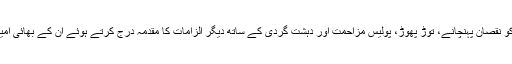
نومبر 2018 میں خادم حسین رضوی کی گرفتاری کے بعد سرکاری املاک کو نقصان پہنچانے، توڑ پھوڑ، پولیس مزاحمت اور دہشت گردی کے ساتھ دیگر الزامات کا مقدمہ درج کرتے ہوئے ان کے بھائی امیر حسین اور بھتیجے محمد علی سمیت 80سے زائد افراد کو گرفتار کر لیا تھا۔